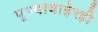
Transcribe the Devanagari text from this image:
पुण्याबाहेरही